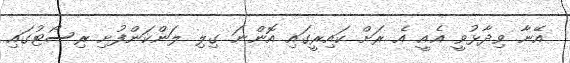
އޭނާ ވިދާޅުވީ އެއީ އެ ރަށް ކައިރީގައި އޮންނަ ގިލި ލަންކަންފުށި ރިސޯޓުގައި